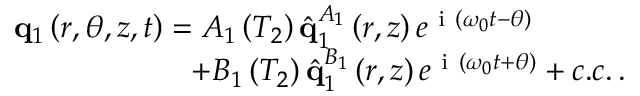
\begin{array} { r } { \mathbf { q } _ { 1 } \left( r , \theta , z , t \right) = A _ { 1 } \left( T _ { 2 } \right) \hat { \mathbf { q } } _ { 1 } ^ { A _ { 1 } } \left( r , z \right) e ^ { \mathrm { ~ i ~ } \left( \omega _ { 0 } t - \theta \right) } \ \ \ \ \ \ \ \ \ } \\ { + B _ { 1 } \left( T _ { 2 } \right) \hat { \mathbf { q } } _ { 1 } ^ { B _ { 1 } } \left( r , z \right) e ^ { \mathrm { ~ i ~ } \left( \omega _ { 0 } t + \theta \right) } + c . c . \, . } \end{array}